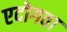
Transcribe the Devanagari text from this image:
एदोगवा